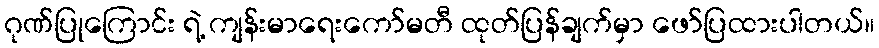
ဂုဏ်ပြုကြောင်း ရဲ့ ကျန်းမာရေးကော်မတီ ထုတ်ပြန်ချက်မှာ ဖော်ပြထားပါတယ်။